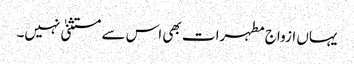
یہاں ازواج مطہرات بھی اس سے مستثنیٰ نہیں۔